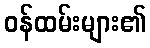
ဝန်ထမ်းများ၏